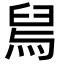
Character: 舃